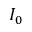
I _ { 0 }